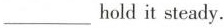
___holdit steady.